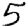
Digit: 5